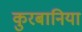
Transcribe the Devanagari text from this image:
कुरबानिया